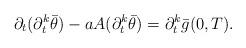
LaTeX: \begin{align*}\partial_{t} (\partial_{t}^{k} \bar{\theta}) - a A (\partial_{t}^{k} \bar{\theta}) = \partial_{t}^{k} \bar{g} (0, T). \end{align*}